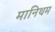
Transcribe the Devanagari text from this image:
मानिथम